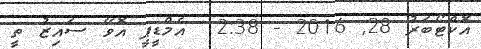
އޮކްޓޯބަރު 28